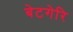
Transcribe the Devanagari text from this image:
बेटगेरि